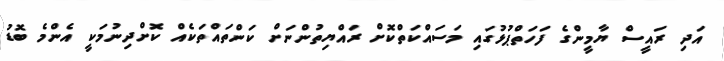
އަދި ރައީސް ޔާމީންގެ ފަހަތްޕުޅުގައި މަސައްކަތްކޮށް ރައްޔިތުންނަށް ކަންތައްތަކެއް ކޮށްދިނުމަކީ އެންމެ ބޮޑު